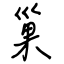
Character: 巢